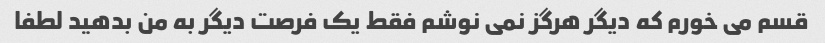
قسم می خورم که دیگر هرگز نمی نوشم فقط یک فرصت دیگر به من بدهید لطفا